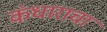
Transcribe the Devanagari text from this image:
कंधाराचा